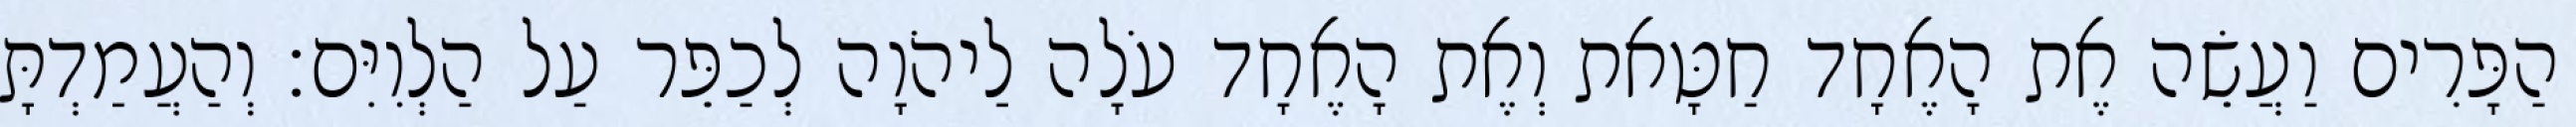
הַפָּרִים וַעֲשֵׂה אֶת הָאֶחָד חַטָּאת וְאֶת הָאֶחָד עֹלָה לַיהֹוָה לְכַפֵּר עַל הַלְוִיִּם׃ וְהַעֲמַדְתָּ